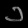
Digit: ၁